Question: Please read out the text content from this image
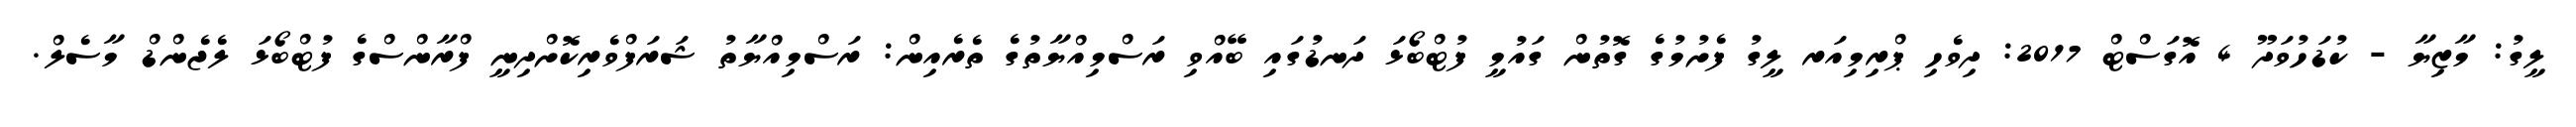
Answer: ލީގު: މާޒިޔާ - ކުޑަހުވަދޫ 4 އޮގަސްޓް 2017: ދިވެހި ޕްރިމިއަރ ލީގު ފެށުމުގެ ގޮތުން ގައުމީ ފުޓްބޯޅަ ދަނޑުގައި ބޭއްވި ރަސްމިއްޔާތުގެ ތެރެއިން: ރަސްމިއްޔާތު ޝަރަފްވެރިކޮށްދިނީ ފްރާންސްގެ ފުޓްބޯޅަ ލެޖެންޑް މާސެލް.